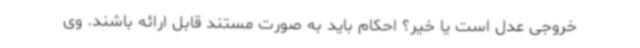
خروجی عدل است یا خیر؟ احکام باید به صورت مستند قابل ارائه باشند. وی